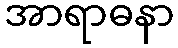
အာရာဓနာ